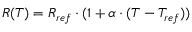
\begin{array} { r } { R ( T ) = R _ { r e f } \cdot ( 1 + \alpha \cdot ( T - T _ { r e f } ) ) } \end{array}